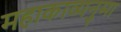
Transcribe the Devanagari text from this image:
महाकाव्यनुमा